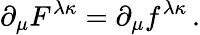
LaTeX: \partial_{\mu}F^{\lambda\kappa}=\partial_{\mu}f^{\lambda\kappa}\, .